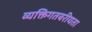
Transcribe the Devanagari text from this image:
व्यक्तिगतवरीयता